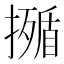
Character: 𭢣